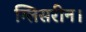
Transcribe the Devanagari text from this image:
ग्लिसरीन।